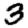
Digit: 3